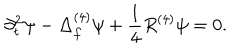
\partial _ { t } ^ { 2 } \psi - \Delta _ { f } ^ { ( 4 ) } \psi + \frac { 1 } { 4 } R ^ { ( 4 ) } \psi = 0 .